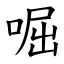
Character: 啒